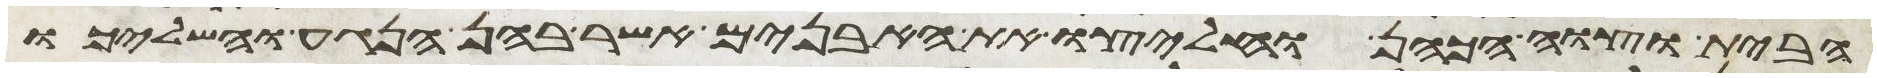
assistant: הבית וצוה הכהן וחלצו את האבנים אשר בהן הנגע והשליכו